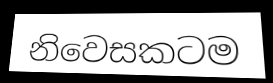
නිවෙසකටම